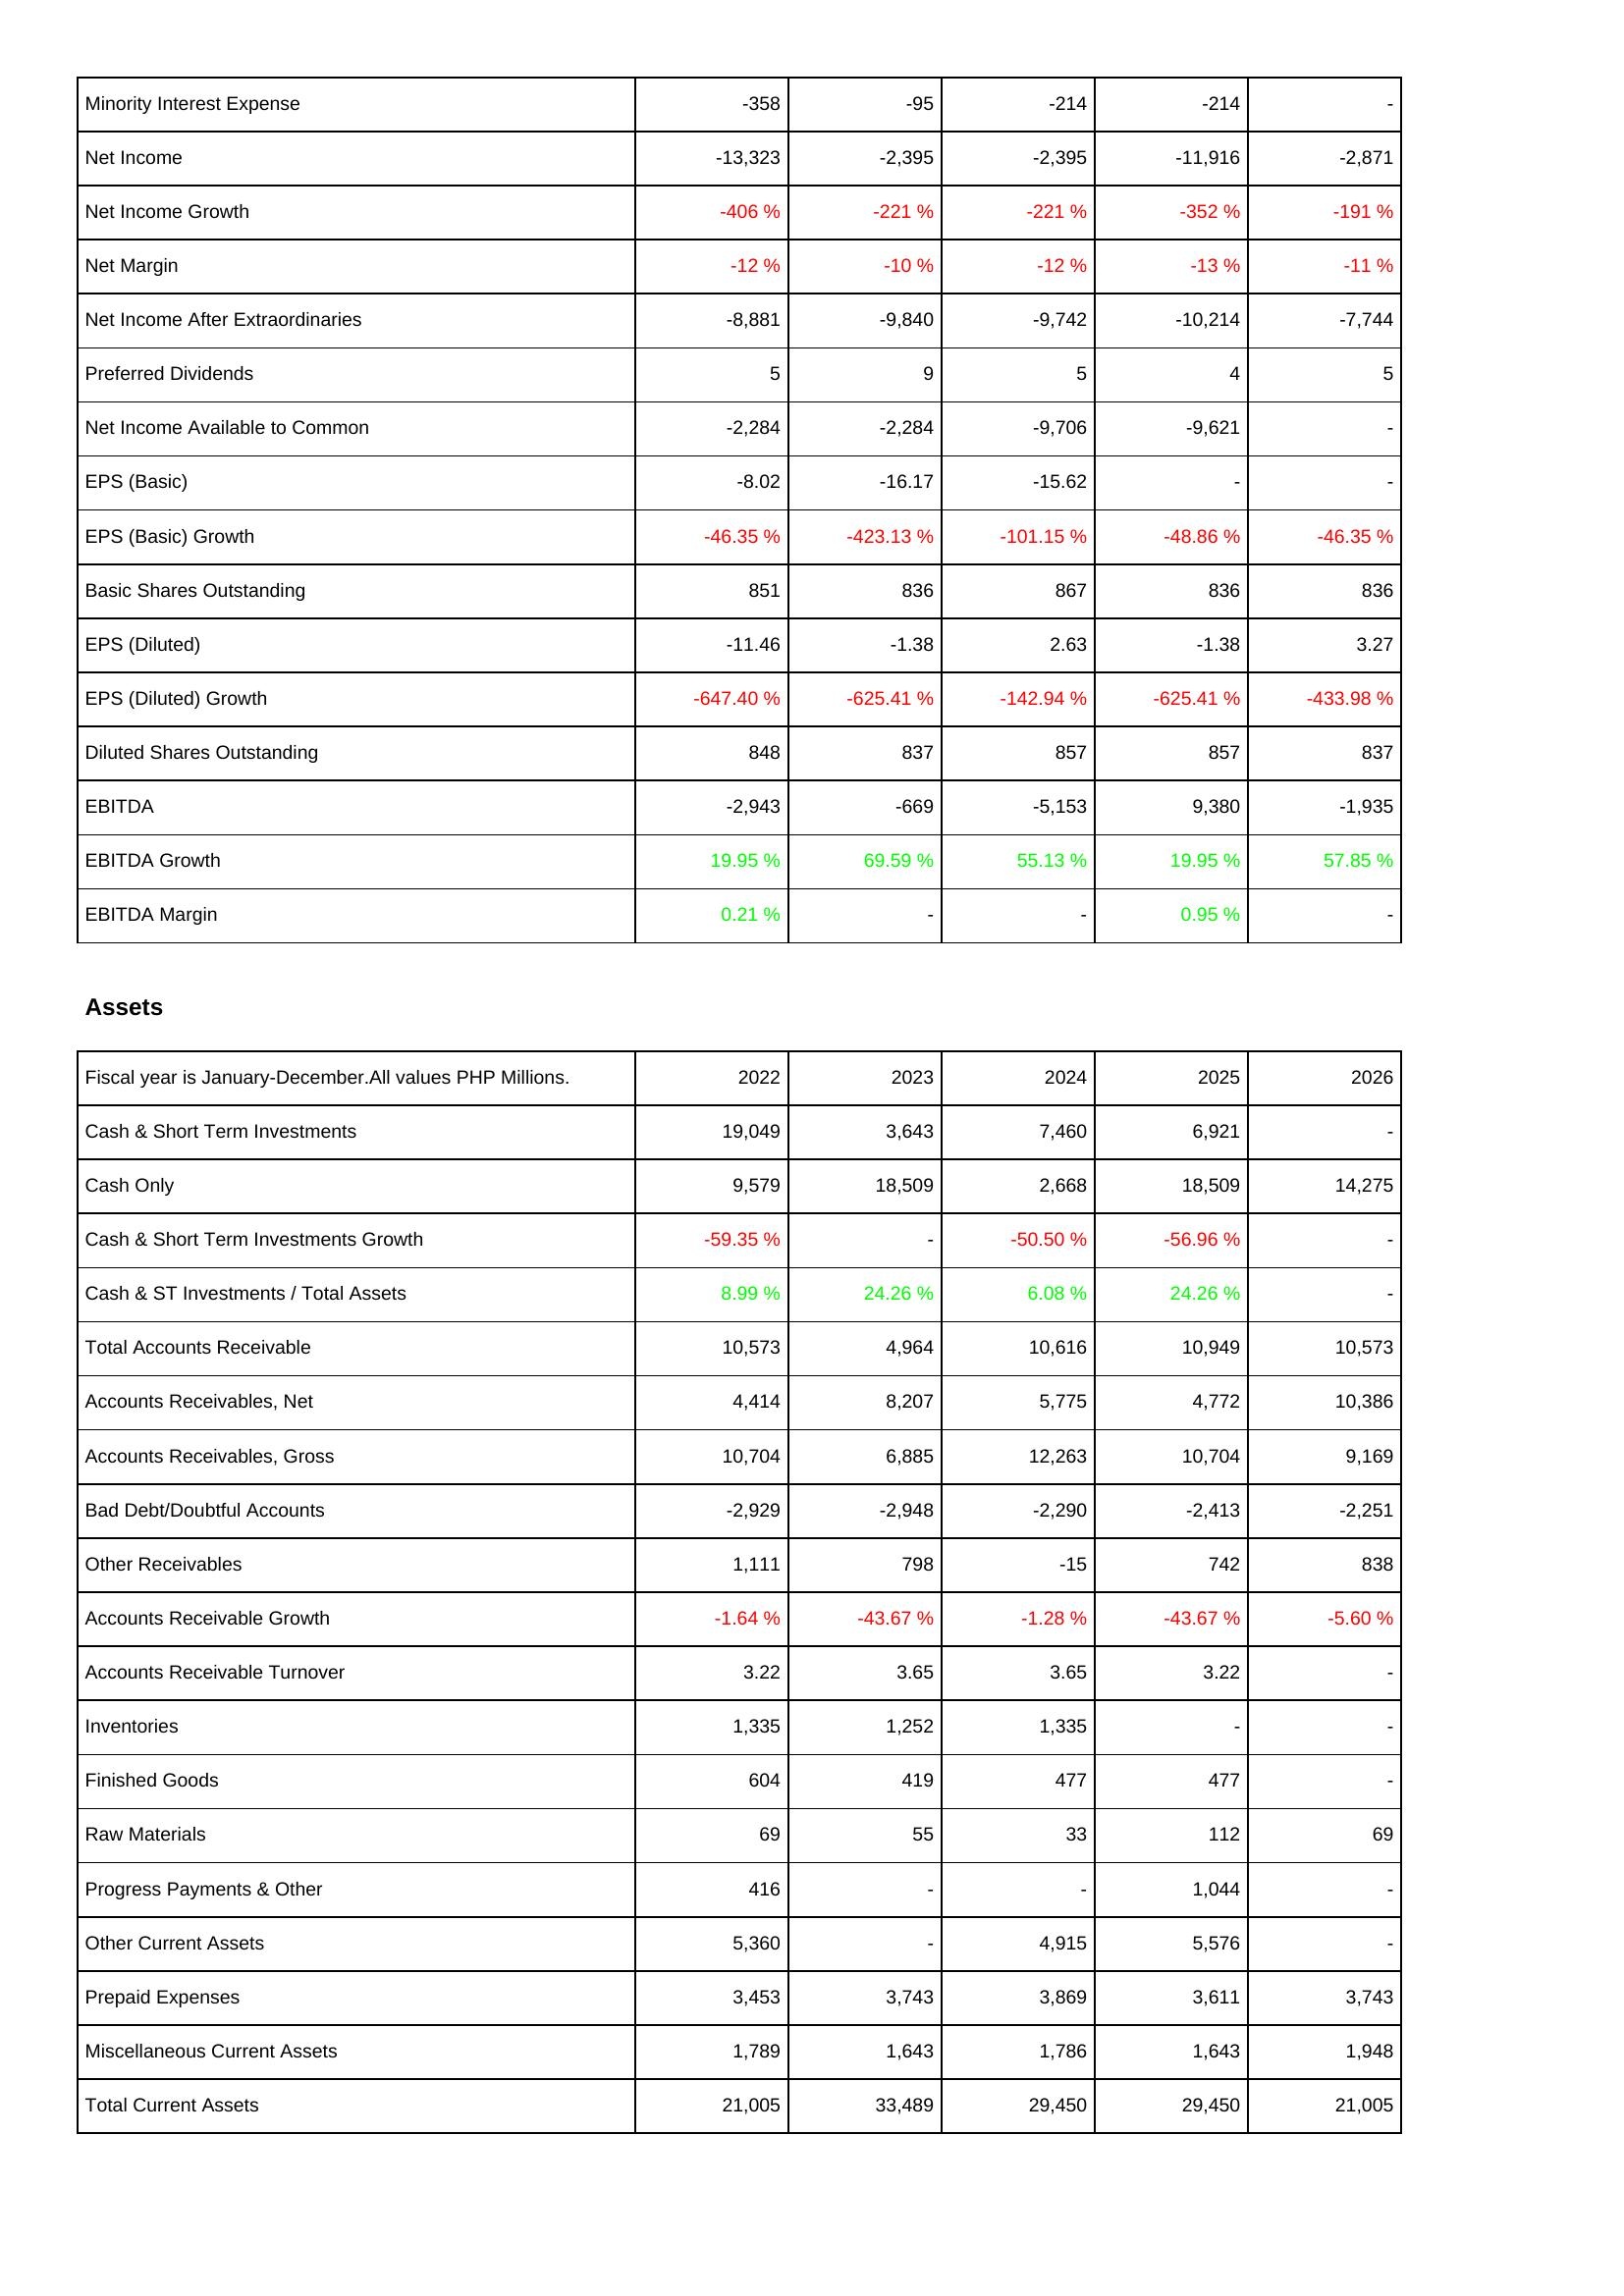
2022: Income Statement: Minority Interest Expense: -358
Net Income: -13,323
Net Income Growth: -406 %
Net Margin: -12 %
Net Income After Extraordinaries: -8,881
Preferred Dividends: 5
Net Income Available to Common: -2,284
EPS (Basic): -8.02
EPS (Basic) Growth: -46.35 %
Basic Shares Outstanding: 851
EPS (Diluted): -11.46
EPS (Diluted) Growth: -647.40 %
Diluted Shares Outstanding: 848
EBITDA: -2,943
EBITDA Growth: 19.95 %
EBITDA Margin: 0.21 %
Assets: Cash & Short Term Investments: 19,049
Cash Only: 9,579
Cash & Short Term Investments Growth: -59.35 %
Cash & ST Investments / Total Assets: 8.99 %
Total Accounts Receivable: 10,573
Accounts Receivables, Net: 4,414
Accounts Receivables, Gross: 10,704
Bad Debt/Doubtful Accounts: -2,929
Other Receivables: 1,111
Accounts Receivable Growth: -1.64 %
Accounts Receivable Turnover: 3.22
Inventories: 1,335
Finished Goods: 604
Raw Materials: 69
Progress Payments & Other: 416
Other Current Assets: 5,360
Prepaid Expenses: 3,453
Miscellaneous Current Assets: 1,789
Total Current Assets: 21,005
2023: Income Statement: Minority Interest Expense: -95
Net Income: -2,395
Net Income Growth: -221 %
Net Margin: -10 %
Net Income After Extraordinaries: -9,840
Preferred Dividends: 9
Net Income Available to Common: -2,284
EPS (Basic): -16.17
EPS (Basic) Growth: -423.13 %
Basic Shares Outstanding: 836
EPS (Diluted): -1.38
EPS (Diluted) Growth: -625.41 %
Diluted Shares Outstanding: 837
EBITDA: -669
EBITDA Growth: 69.59 %
EBITDA Margin: -
Assets: Cash & Short Term Investments: 3,643
Cash Only: 18,509
Cash & Short Term Investments Growth: -
Cash & ST Investments / Total Assets: 24.26 %
Total Accounts Receivable: 4,964
Accounts Receivables, Net: 8,207
Accounts Receivables, Gross: 6,885
Bad Debt/Doubtful Accounts: -2,948
Other Receivables: 798
Accounts Receivable Growth: -43.67 %
Accounts Receivable Turnover: 3.65
Inventories: 1,252
Finished Goods: 419
Raw Materials: 55
Progress Payments & Other: -
Other Current Assets: -
Prepaid Expenses: 3,743
Miscellaneous Current Assets: 1,643
Total Current Assets: 33,489
2024: Income Statement: Minority Interest Expense: -214
Net Income: -2,395
Net Income Growth: -221 %
Net Margin: -12 %
Net Income After Extraordinaries: -9,742
Preferred Dividends: 5
Net Income Available to Common: -9,706
EPS (Basic): -15.62
EPS (Basic) Growth: -101.15 %
Basic Shares Outstanding: 867
EPS (Diluted): 2.63
EPS (Diluted) Growth: -142.94 %
Diluted Shares Outstanding: 857
EBITDA: -5,153
EBITDA Growth: 55.13 %
EBITDA Margin: -
Assets: Cash & Short Term Investments: 7,460
Cash Only: 2,668
Cash & Short Term Investments Growth: -50.50 %
Cash & ST Investments / Total Assets: 6.08 %
Total Accounts Receivable: 10,616
Accounts Receivables, Net: 5,775
Accounts Receivables, Gross: 12,263
Bad Debt/Doubtful Accounts: -2,290
Other Receivables: -15
Accounts Receivable Growth: -1.28 %
Accounts Receivable Turnover: 3.65
Inventories: 1,335
Finished Goods: 477
Raw Materials: 33
Progress Payments & Other: -
Other Current Assets: 4,915
Prepaid Expenses: 3,869
Miscellaneous Current Assets: 1,786
Total Current Assets: 29,450
2025: Income Statement: Minority Interest Expense: -214
Net Income: -11,916
Net Income Growth: -352 %
Net Margin: -13 %
Net Income After Extraordinaries: -10,214
Preferred Dividends: 4
Net Income Available to Common: -9,621
EPS (Basic): -
EPS (Basic) Growth: -48.86 %
Basic Shares Outstanding: 836
EPS (Diluted): -1.38
EPS (Diluted) Growth: -625.41 %
Diluted Shares Outstanding: 857
EBITDA: 9,380
EBITDA Growth: 19.95 %
EBITDA Margin: 0.95 %
Assets: Cash & Short Term Investments: 6,921
Cash Only: 18,509
Cash & Short Term Investments Growth: -56.96 %
Cash & ST Investments / Total Assets: 24.26 %
Total Accounts Receivable: 10,949
Accounts Receivables, Net: 4,772
Accounts Receivables, Gross: 10,704
Bad Debt/Doubtful Accounts: -2,413
Other Receivables: 742
Accounts Receivable Growth: -43.67 %
Accounts Receivable Turnover: 3.22
Inventories: -
Finished Goods: 477
Raw Materials: 112
Progress Payments & Other: 1,044
Other Current Assets: 5,576
Prepaid Expenses: 3,611
Miscellaneous Current Assets: 1,643
Total Current Assets: 29,450
2026: Income Statement: Minority Interest Expense: -
Net Income: -2,871
Net Income Growth: -191 %
Net Margin: -11 %
Net Income After Extraordinaries: -7,744
Preferred Dividends: 5
Net Income Available to Common: -
EPS (Basic): -
EPS (Basic) Growth: -46.35 %
Basic Shares Outstanding: 836
EPS (Diluted): 3.27
EPS (Diluted) Growth: -433.98 %
Diluted Shares Outstanding: 837
EBITDA: -1,935
EBITDA Growth: 57.85 %
EBITDA Margin: -
Assets: Cash & Short Term Investments: -
Cash Only: 14,275
Cash & Short Term Investments Growth: -
Cash & ST Investments / Total Assets: -
Total Accounts Receivable: 10,573
Accounts Receivables, Net: 10,386
Accounts Receivables, Gross: 9,169
Bad Debt/Doubtful Accounts: -2,251
Other Receivables: 838
Accounts Receivable Growth: -5.60 %
Accounts Receivable Turnover: -
Inventories: -
Finished Goods: -
Raw Materials: 69
Progress Payments & Other: -
Other Current Assets: -
Prepaid Expenses: 3,743
Miscellaneous Current Assets: 1,948
Total Current Assets: 21,005